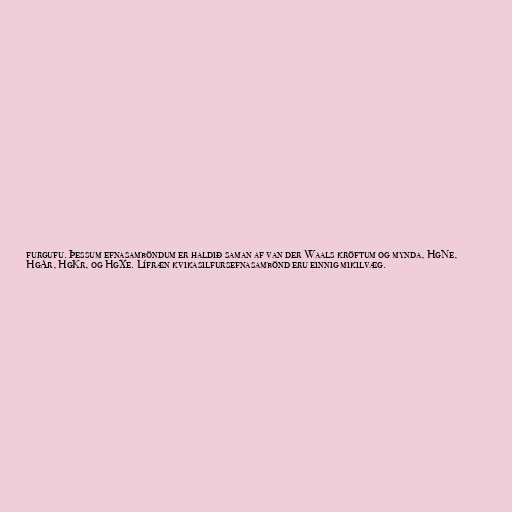
furgufu. Þessum efnasamböndum er haldið saman af van der Waals kröftum og mynda, HgNe,
HgAr, HgKr, og HgXe. Lífræn kvikasilfursefnasambönd eru einnig mikilvæg.